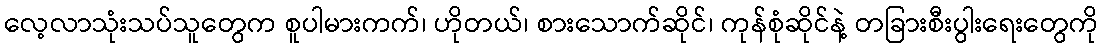
လေ့လာသုံးသပ်သူတွေက စူပါမားကက်၊ ဟိုတယ်၊ စားသောက်ဆိုင်၊ ကုန်စုံဆိုင်နဲ့ တခြားစီးပွါးရေးတွေကို